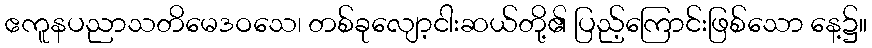
ဧကူနပညာသတိမေဒဝသေ၊ တစ်ခုလျော့ငါးဆယ်တို့၏ ပြည့်ကြောင်းဖြစ်သော နေ့၌။